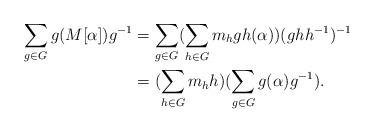
LaTeX: \begin{align*}\sum_{g\in G}g(M[\alpha])g^{-1}&=\sum_{g\in G}(\sum_{h\in G}m_hgh(\alpha))(ghh^{-1})^{-1}\\&=(\sum_{h\in G}m_hh)(\sum_{g\in G}g(\alpha)g^{-1}).\end{align*}